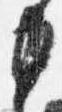
中